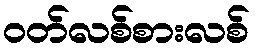
ဝတ်လစ်စားလစ်